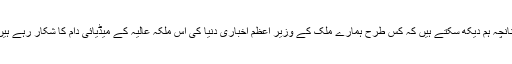
چنانچہ ہم دیکھ سکتے ہیں کہ کس طرح ہمارے ملک کے وزیر اعظم اخباری دنیا کی اس ملکہ عالیہ کے میڈیائی دام کا شکار رہے ہیں ۔